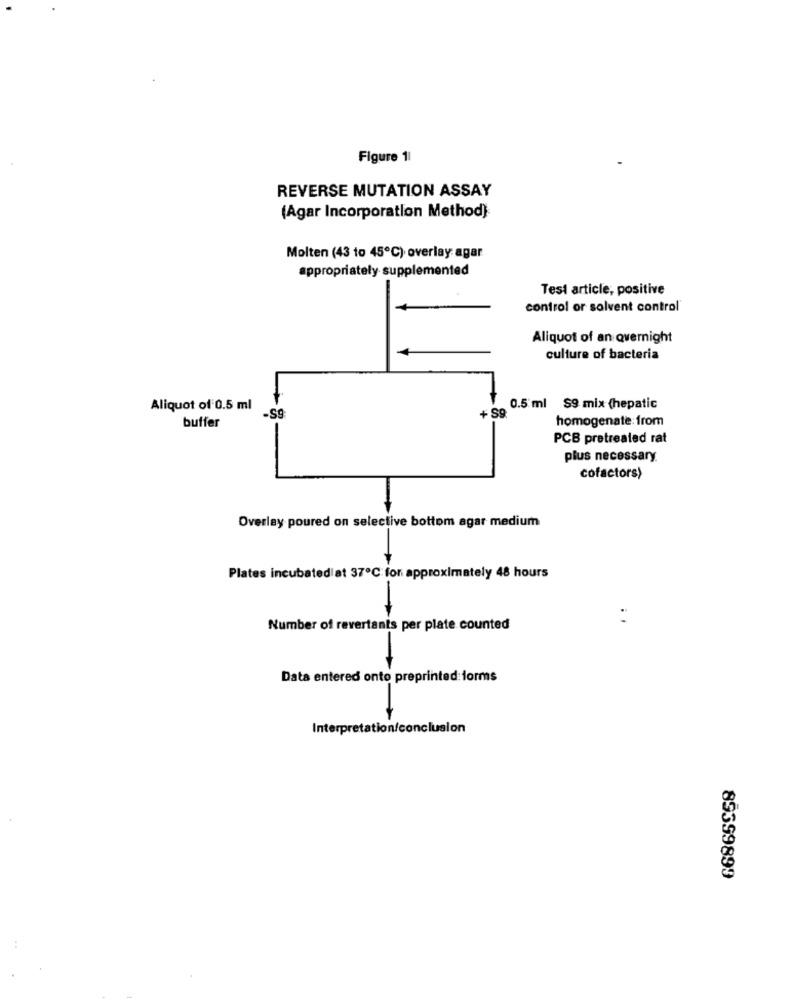
Figure 11
REVERSE MUTATION ASSAY
(Agar Incorporation Method)
Molten (43 to 45℃) overlay agar
appropriately supplemented
Test article, positive
control or solvent control'
Aliquot of an overnight
culture of bacteria
Aliquot of 0.5 ml
0.5 ml
$9 mix (hepatic
+ SQ
homogenate: from
buffer
PCB pretreated rat
plus necessary.
cofactors)
Overlay poured on selective bottom agar medium
Plates incubatediat 37℃ for approximately 48 hours
-
Number of revertants per plate counted
Data entered onto preprinted:forms
inte pro
Interpretation/conclusion
89399899